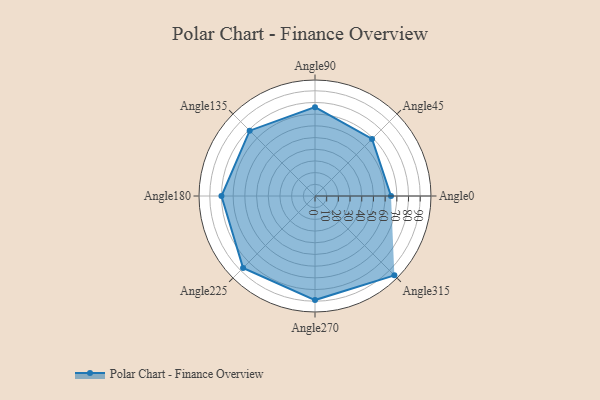
{"axis": {"x": "Angle", "y": "Radius"}, "legend": [""], "data": [{"x": "Angle0", "y": 65.0, "type": ""}, {"x": "Angle45", "y": 69.0, "type": ""}, {"x": "Angle90", "y": 76.0, "type": ""}, {"x": "Angle135", "y": 79.0, "type": ""}, {"x": "Angle180", "y": 80.0, "type": ""}, {"x": "Angle225", "y": 87.0, "type": ""}, {"x": "Angle270", "y": 89.0, "type": ""}, {"x": "Angle315", "y": 96.0, "type": ""}]}